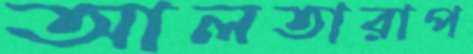
আলতারাপ